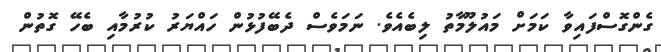
ގެންގޮސްފައިވާ ކަމަށް މައުލޫމާތު ލިބެއެވެ. ނަމަވެސް ދެބޭފުޅުން ހައްޔަރު ކުރުމާއި ބެހޭ ގޮތުން